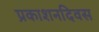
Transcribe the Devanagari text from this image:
प्रकाशनदिवस